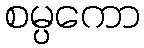
စမ္ပကော